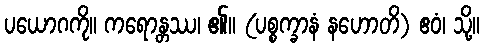
ပယောဂကို။ ကရောန္တဿ၊ ၏။ (ပစ္စက္ခာနံ နဟောတိ) ဧဝံ၊ သို့။